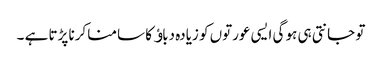
تو جانتی ہی ہو گی ایسی عورتوں کو زیادہ دباﺅ کا سامنا کرنا پڑتا ہے ۔